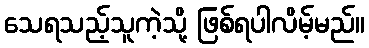
သေရသည့်သူကဲ့သို့ ဖြစ်ရပါလိမ့်မည်။